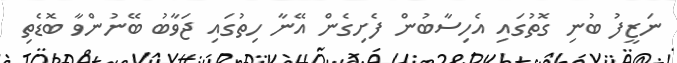
ނަޒީފު ބުނި ގޮތުގައި އެހިސާބުން ފެށިގެން އޭނާ ހިތުގައި ޖަވާބު ބޭނުންވާ ބޮޑެތި